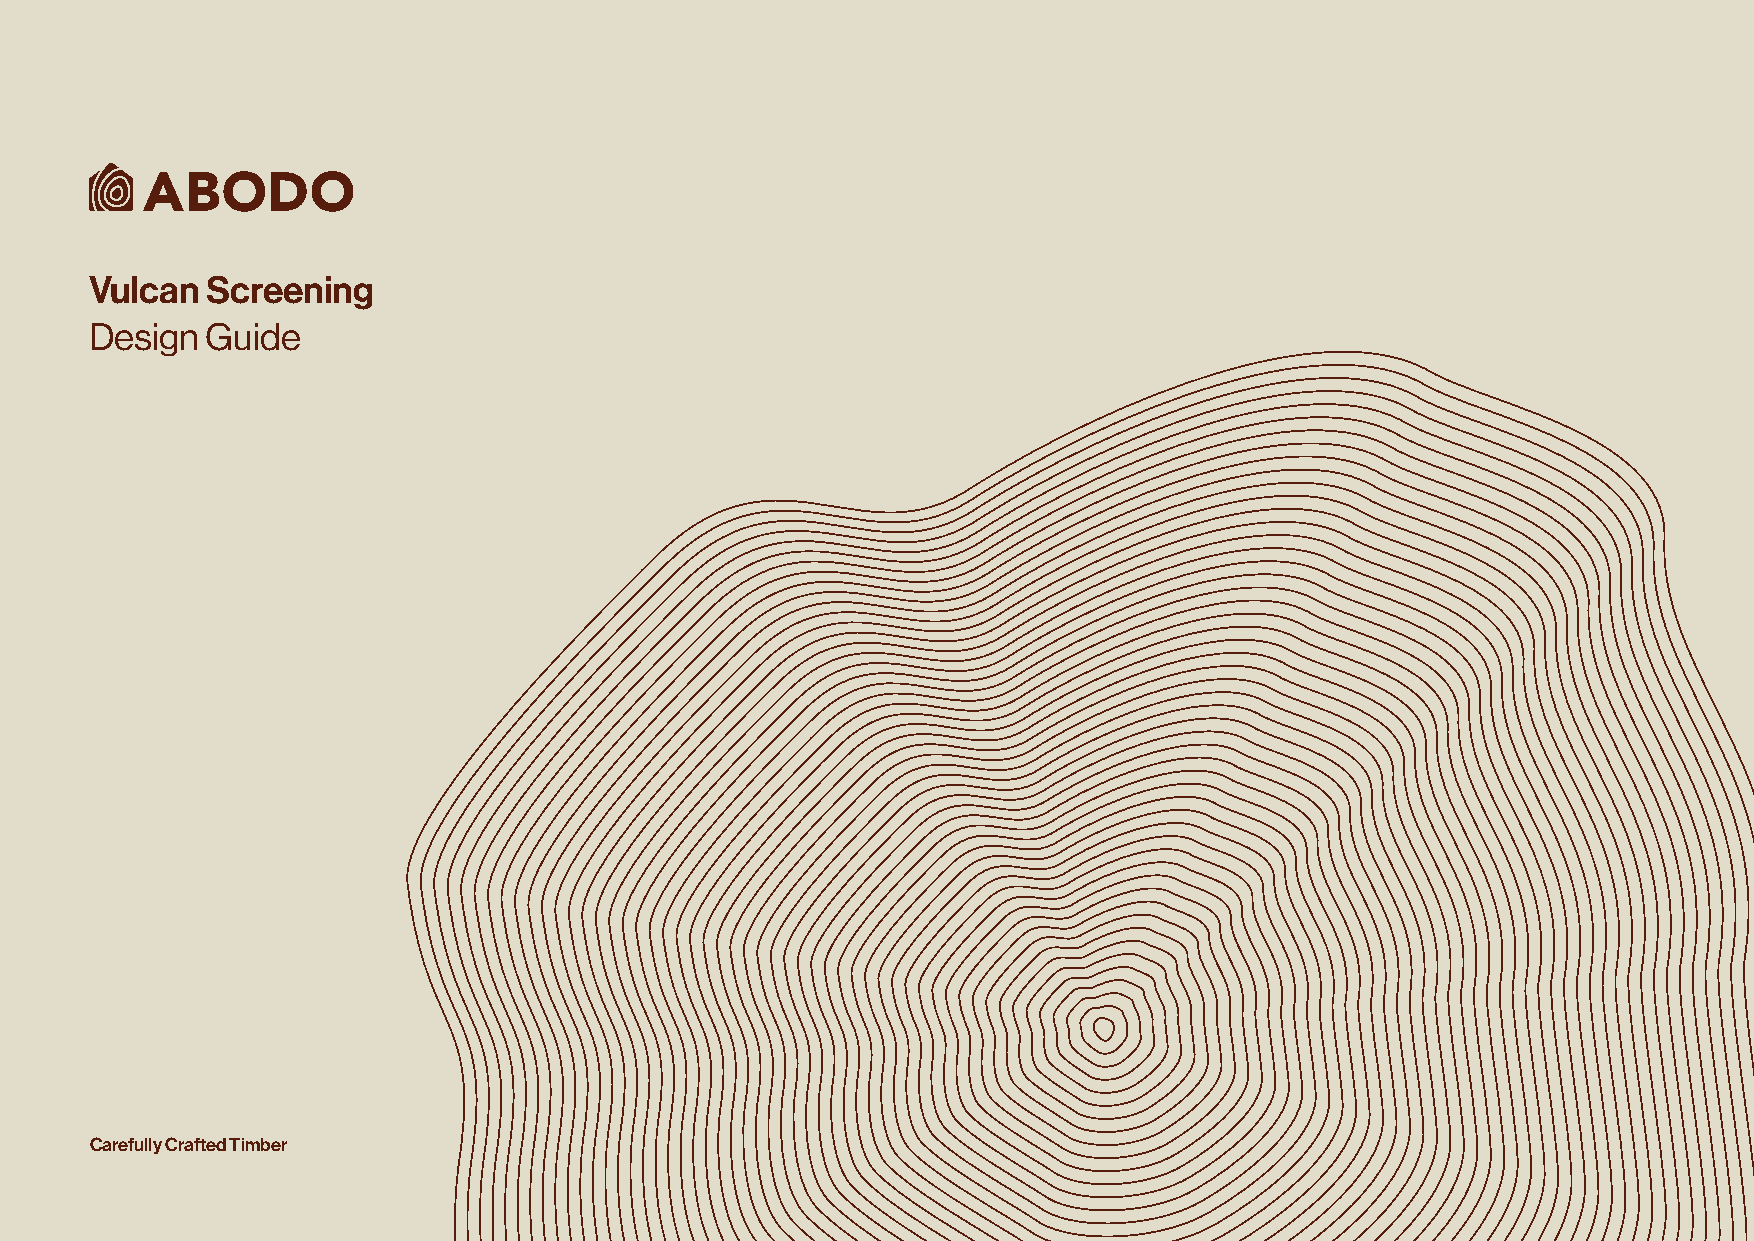
Vulcan  Screening
 Design  Guide
 Carefully Crafted Timber
 © Abodo Wood Ltd | Abodo Vulcan Screening Design Guide Aug 21 Carefully Crafted Timber 1